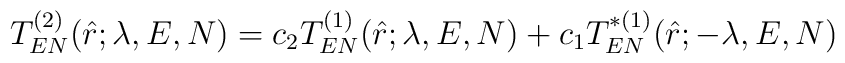
T^{(2)}_{EN}(\hat{r};\lambda,E,N)=c_2 T^{(1)}_{EN}(\hat{r};\lambda,E,N)+c_1 T^{*(1)}_{EN}(\hat{r};-\lambda,E,N)